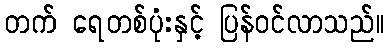
တက် ရေတစ်ပုံးနှင့် ပြန်ဝင်လာသည်။